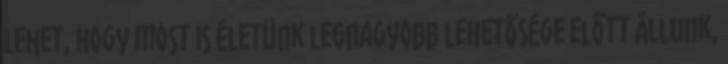
Lehet, hogy most is életünk legnagyobb lehetősége előtt állunk,